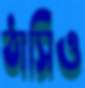
ঠাসিও